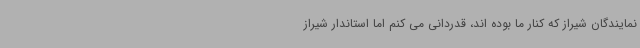
نمایندگان شیراز که کنار ما بوده اند، قدردانی می کنم اما استاندار شیراز